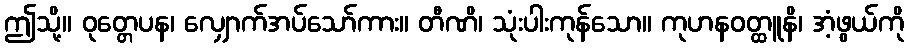
ဤသို့။ ဝုတ္တေပန၊ လျှောက်အပ်သော်ကား။ တီဏိ၊ သုံးပါးကုန်သော။ ကုဟနဝတ္ထူနိ၊ အံ့ဖွယ်ကို